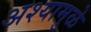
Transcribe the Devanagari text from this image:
अश्यामुळे